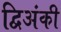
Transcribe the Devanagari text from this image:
द्विअंकी